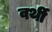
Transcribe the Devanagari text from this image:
वर्थी